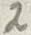
Text: 2